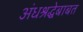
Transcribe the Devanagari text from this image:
अंधश्रद्धेबाबत